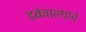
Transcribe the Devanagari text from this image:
डबेवाल्यांचे